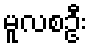
မူလစဦး